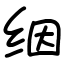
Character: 𬘡